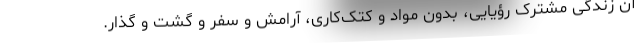
آن زندگی مشترک رؤیایی، بدون مواد و کتک‌کاری، آرامش و سفر و گشت و گذار.